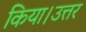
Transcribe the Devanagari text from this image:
किया।उत्तर